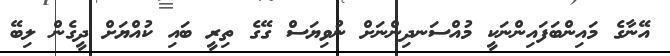
އޭނާގެ މައިންބަފައިންނަކީ މުއްސަނދިންނަށް ނުވިޔަސް ގޭގެ ތިރީ ބައި ކުއްޔަށް ދީގެން ލިބޭ